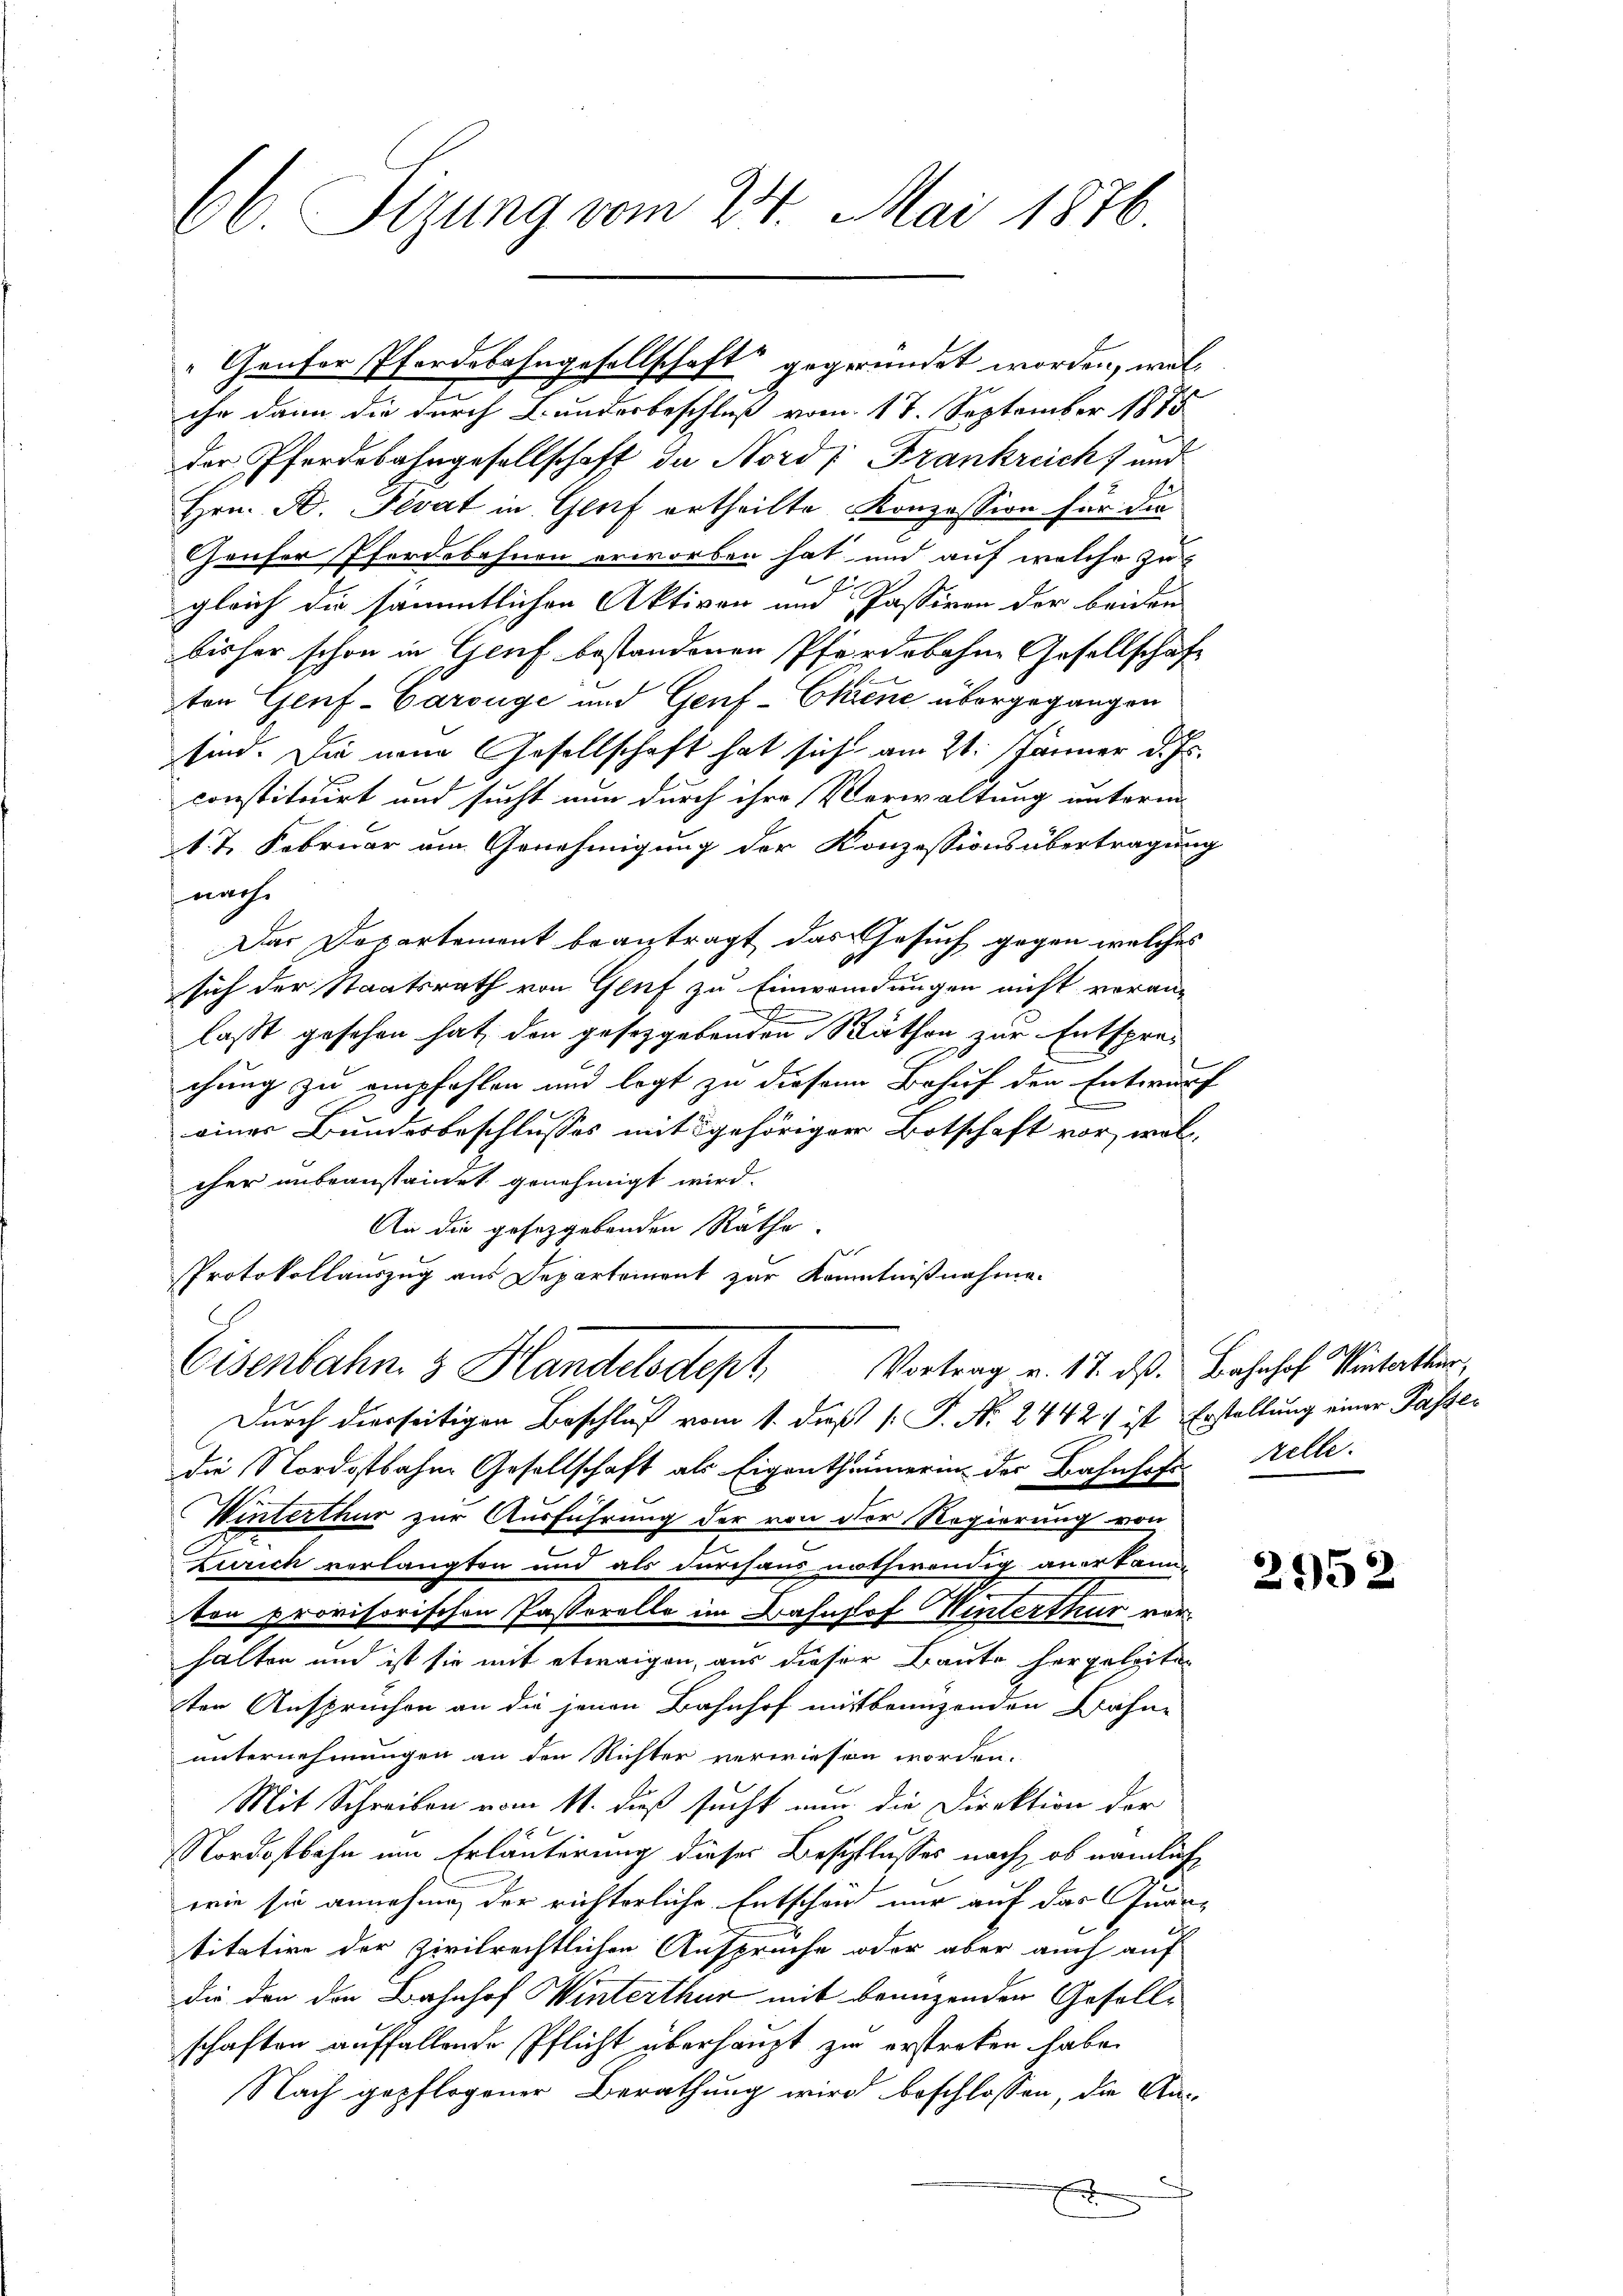
66. Sizung vom 24. Mai 1876.

ihr dann die durch Bunderbeschluß vom 17. September 1875
der Pferdebahngesellschaft de Nords Frankreich und
Hrn. B. Fevat in Genf ertheilte Konzession für die
Gauser Pferdebahnen erworben hat und auf welche zu
b
gleich die sämmtlichen Aktiven und Passiven der beiden
bisher schon in Genf bestandenen Pferdebahne Gesellschaft
ten Genf-Carouge und Genf-Chiene übergegangen
sind. Die neue Gesellschaft hat sich am 21. Jänner d. Js.
constituirt und sucht nun durch ihre Verwaltung unterm
A. t. Februar um Genehmigung der Konzessionsübertragung
nach
Das Departement beantragt das Gesuch gegen welches
9
sich der Staatsrath von Genf zu Einwendungen nicht veran-
laßt gesehen hat, den gesetzgebenden Räthen zur Entsprechung zu empfohlen und legt zu diesem Behuf den Entwurf
einer Bundesbeschlusses mit gehöriger Botschaft vor, wollcher unbeanstandet genehmigt wird.
An die gesetzgebenden Räthe.
Protokollauszug aus Departement zur Kenntnißnahme.
Vortrag v. 17. ds. Bahnhof Unterthur,
Eisenbahn 3 Handelsdept
Durch dierseitigen Beschluß vom 1. diß [ P. Nr. 2442 ist Erstellung einer Passer
die Nordostbahne Gesellschaft als Eigenthümerin der Bahnhofstelle.
Winterthur zur Ausführung der von der Regierung von
Zürich vorlangten und als durchaus nothwendig anerkann-
ton provisorischen Passorelle im Bahnhof Winterthur vor
halten und ist sie mit etwaigen, aus dieser Baute hergeleiten
sten Anspruchen an die jenen Bahnhof mitbrunzenden Bahne
unternehmungen an den Richter verwiesen worden.
Mit Schreiben vom 11. dieß sucht nun die Direktion der
Nordostbahn um Erläuterung dieses Beschlusses nach, ob nämlich
wie sie annehme der richterliche Entscheid nur auf das Quantitative der Zivilrechtlichen Ansprüche oder aber auch auf
die den den Bahnhof Winterthur mit benuzenden Gesellschaften auffallende Pflicht überhaupt zu erstreben habe.
Nach gepflogener Berathung wird beschlossen, die Aus¬

Genter Pferdebahngesellschaft gegründet worden, wel

1

2952